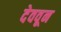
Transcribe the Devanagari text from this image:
देववून